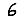
Digit: 6